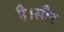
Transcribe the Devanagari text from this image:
है।सौर